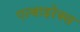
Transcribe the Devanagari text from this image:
एल्बाइरेक्स